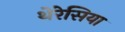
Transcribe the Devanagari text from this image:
थेरेसिया